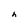
Character: h